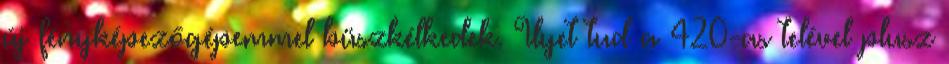
új fényképezőgépemmel büszkélkedek. Ilyet tud a 420-as telével plusz